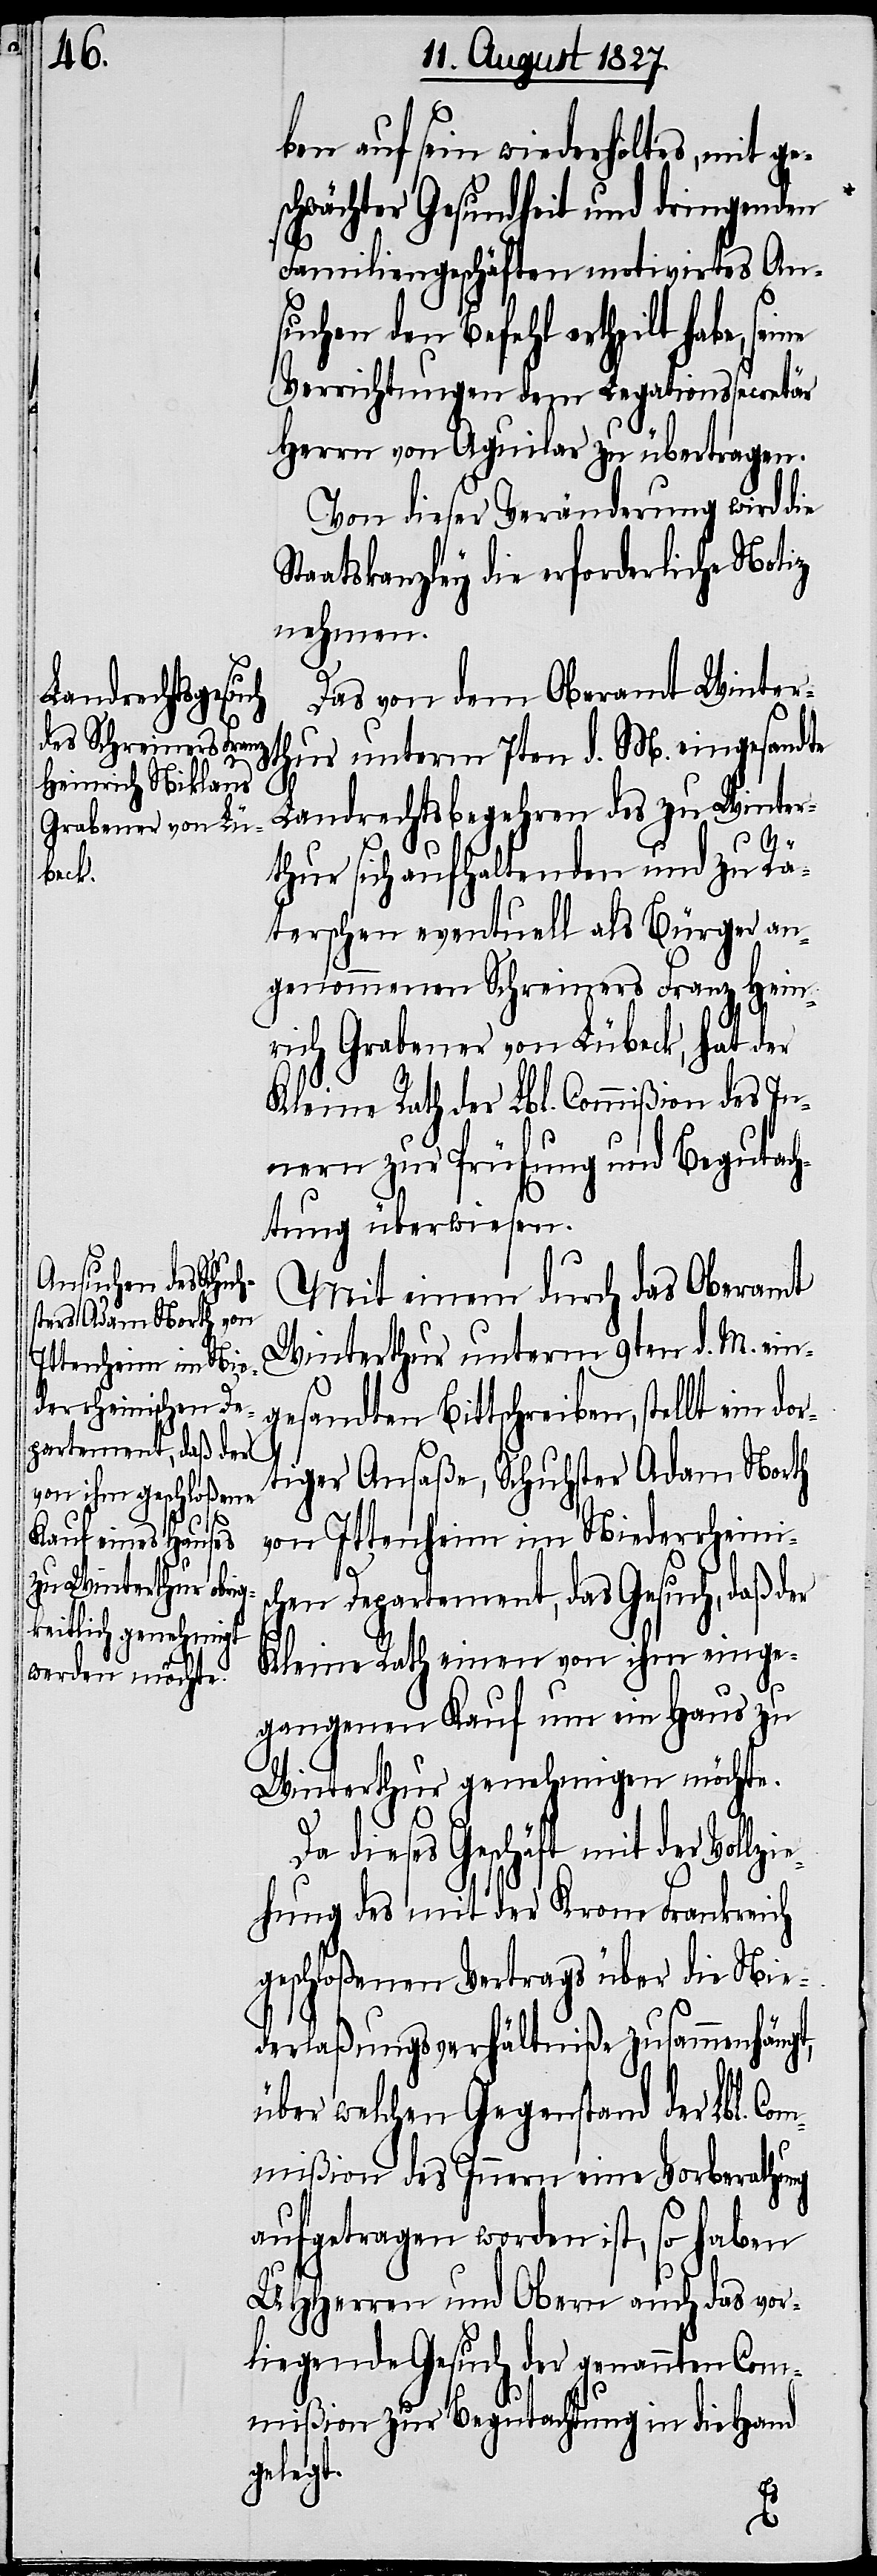
ben auf sein wiederholtes, mit g¬
chwächter Gesundheit und dringenden
Familiengeschäften motivirtes An¬
suchen den Befehl ertheilt habe,
Verrichtungen dem Legationssecretär
Herrn von Aguilar zu übetragen.
Von dieser Veränderung wird die
Staatskanzley die erforderliche Notiz
nehmen.
Das von dem Oberamt Winter¬
thur unterm 7ten d. M. eingesandte
Landrechtsbegehren des zu Winter¬
e¬
thur sich aufhaltenden und zu Rä¬
terschen eventuell als Bürger an¬
genommenen Schreiners Franz Hein¬
rich Grabener von Lübeck, hat der
Kleine Rath der Lbl. Commißion des In¬
nern zur Prüfung und Begutach¬
tung überwiesen.
Mit einem durch das Oberamt
Winterthur unterm 9ten d. M. ein¬
gesandte Bittschreiben, stellt ein d¬
tiger Ansäße, Schuhster Adam North
von Ittenheim im Niederrheinis¬
chen Departement, das Gesuch, daß der
Kleine Rath einen von ihm einge¬
gangene Kauf um ein Haus zu
Winterthur genehmigen möchte.
Da dieses Geschäft mit der Vollzi¬
hung des mit der Krone Frankreich
geschloßenen Vertrags über die Nie¬
derlaßungsverhältniße zusammenhängt,
über welchen Gegenstand der Lbl. Co¬
mmißion des Innern eine Vorberathung
aufgetragen worden ist, so haben
UHHerren und Obern auch das vor¬
liegende Gesuch der genannten Com¬
mißion zur Begutachtung in die Hand
gelegt.